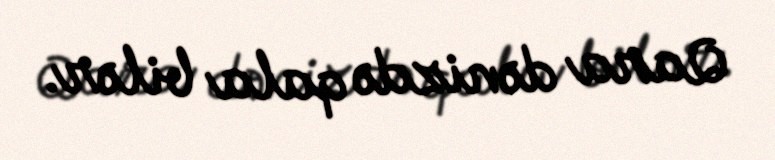
Qara dənizdə qala bilər.